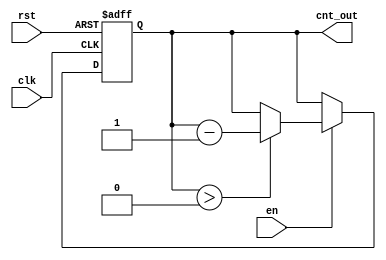
module down_counter_moore #(
    parameter N = 3  // Number of bits for the counter (maximum count = 2^N - 1)
) (
    input wire clk,      // Clock input
    input wire rst,      // Asynchronous reset
    input wire en,       // Enable signal
    output reg [N-1:0] cnt_out // Count output
);

    // State transition logic
    always @(posedge clk or posedge rst) begin
        if (rst) begin
            cnt_out <= N; // Reset to maximum count
        end else if (en) begin
            if (cnt_out > 0) begin
                cnt_out <= cnt_out - 1; // Decrement the count
            end
            // If cnt_out is 0, it remains at 0
        end
    end

endmodule